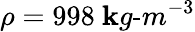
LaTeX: \rho=998~\mathbf{k}g\textrm{{-}}m^{-3}